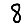
Digit: 8